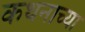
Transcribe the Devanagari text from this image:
कथनाच्या